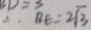
\therefore B E = 2 \sqrt { 3 }